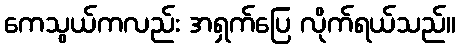
ကေသွယ်ကလည်း အရှက်ပြေ လိုက်ရယ်သည်။